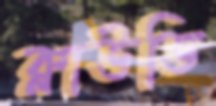
ক্লাউডি